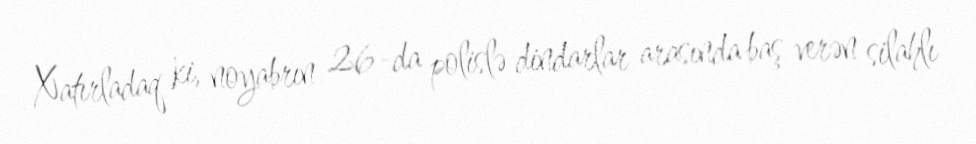
Xatırladaq ki, noyabrın 26-da polislə dindarlar arasında baş verən silahlı